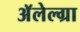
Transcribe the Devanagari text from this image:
अॅलेल्ग्रा